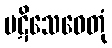
ပဋိသေဓေတုံ